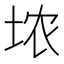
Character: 𪣑